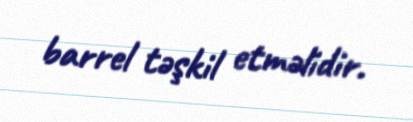
barrel təşkil etməlidir.